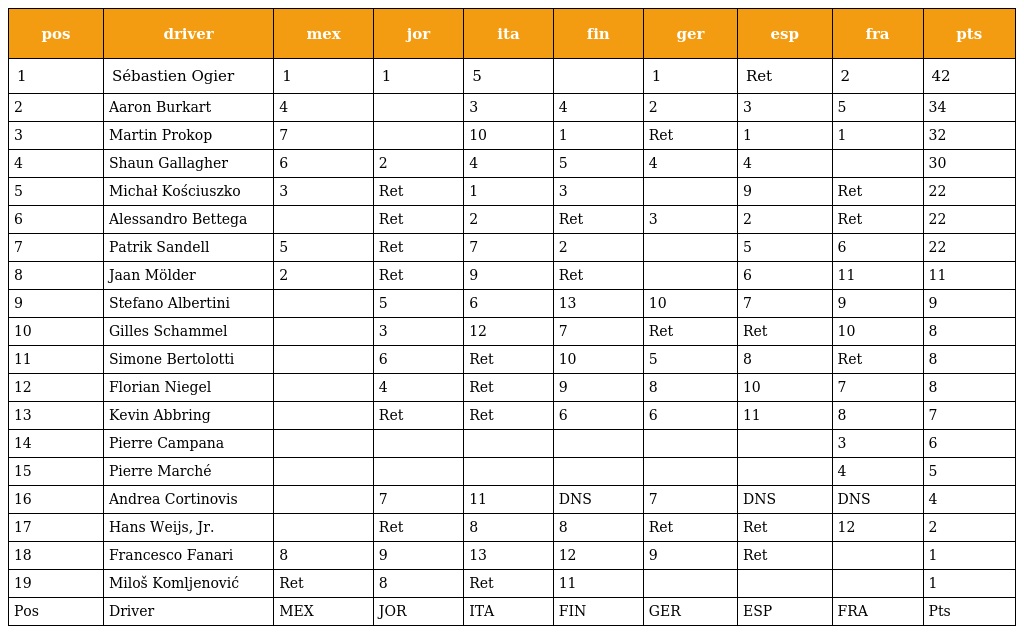
| pos | driver | mex | jor | ita | fin | ger | esp | fra | pts |
 | --- | --- | --- | --- | --- | --- | --- | --- | --- | --- |
 | 1 | Sébastien Ogier | 1 | 1 | 5 |  | 1 | Ret | 2 | 42 |
 | 2 | Aaron Burkart | 4 |  | 3 | 4 | 2 | 3 | 5 | 34 |
 | 3 | Martin Prokop | 7 |  | 10 | 1 | Ret | 1 | 1 | 32 |
 | 4 | Shaun Gallagher | 6 | 2 | 4 | 5 | 4 | 4 |  | 30 |
 | 5 | Michał Kościuszko | 3 | Ret | 1 | 3 |  | 9 | Ret | 22 |
 | 6 | Alessandro Bettega |  | Ret | 2 | Ret | 3 | 2 | Ret | 22 |
 | 7 | Patrik Sandell | 5 | Ret | 7 | 2 |  | 5 | 6 | 22 |
 | 8 | Jaan Mölder | 2 | Ret | 9 | Ret |  | 6 | 11 | 11 |
 | 9 | Stefano Albertini |  | 5 | 6 | 13 | 10 | 7 | 9 | 9 |
 | 10 | Gilles Schammel |  | 3 | 12 | 7 | Ret | Ret | 10 | 8 |
 | 11 | Simone Bertolotti |  | 6 | Ret | 10 | 5 | 8 | Ret | 8 |
 | 12 | Florian Niegel |  | 4 | Ret | 9 | 8 | 10 | 7 | 8 |
 | 13 | Kevin Abbring |  | Ret | Ret | 6 | 6 | 11 | 8 | 7 |
 | 14 | Pierre Campana |  |  |  |  |  |  | 3 | 6 |
 | 15 | Pierre Marché |  |  |  |  |  |  | 4 | 5 |
 | 16 | Andrea Cortinovis |  | 7 | 11 | DNS | 7 | DNS | DNS | 4 |
 | 17 | Hans Weijs, Jr. |  | Ret | 8 | 8 | Ret | Ret | 12 | 2 |
 | 18 | Francesco Fanari | 8 | 9 | 13 | 12 | 9 | Ret |  | 1 |
 | 19 | Miloš Komljenović | Ret | 8 | Ret | 11 |  |  |  | 1 |
 | Pos | Driver | MEX | JOR | ITA | FIN | GER | ESP | FRA | Pts |